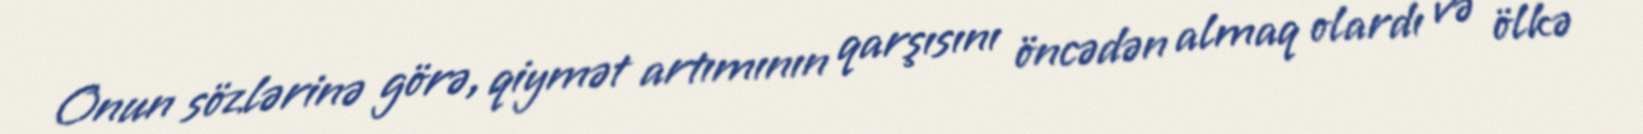
Onun sözlərinə görə, qiymət artımının qarşısını öncədən almaq olardı və ölkə